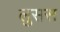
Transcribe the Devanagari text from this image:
लुसस